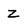
Character: Z